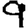
Digit: 9